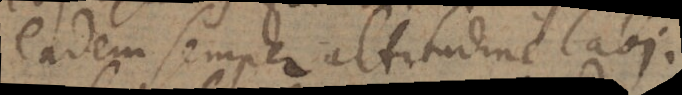
eadem semper altitudine labi.